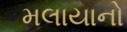
મલાયાનો